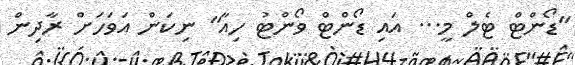
"ޑޯންޓް ޓެލް މީ... އައި ޑޯންޓް ވޯންޓު ހިއާ" ނިކަން އަވަހަށް ރާދިން